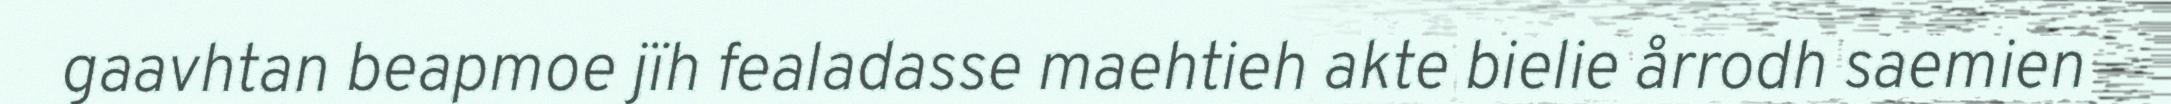
gaavhtan beapmoe jïh fealadasse maehtieh akte bielie årrodh saemien